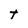
Character: t